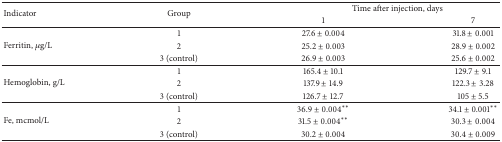
<table><thead><tr><td rowspan="2"><b>Indicator</b></td><td rowspan="2"><b>Group</b></td><td colspan="2"><b>Time after injection, days</b></td></tr><tr><td><b>1</b></td><td><b>7</b></td></tr></thead><tbody><tr><td rowspan="3">Ferritin, <i>μ</i>g/L</td><td>1</td><td>27.6 ± 0.004</td><td>31.8 ± 0.001</td></tr><tr><td>2</td><td>25.2 ± 0.003</td><td>28.9 ± 0.002</td></tr><tr><td>3 (control)</td><td>26.9 ± 0.003</td><td>25.6 ± 0.002</td></tr><tr><td rowspan="3">Hemoglobin, g/L</td><td>1</td><td>165.4 ± 10.1</td><td>129.7 ± 9.1</td></tr><tr><td>2</td><td>137.9 ± 14.9</td><td>122.3 ± 3.28</td></tr><tr><td>3 (control)</td><td>126.7 ± 12.7</td><td>105 ± 5.5</td></tr><tr><td rowspan="3">Fe, mcmol/L</td><td>1</td><td>36.9 ± 0.004<sup>**</sup></td><td>34.1 ± 0.001<sup>**</sup></td></tr><tr><td>2</td><td>31.5 ± 0.004<sup>**</sup></td><td>30.3 ± 0.004</td></tr><tr><td>3 (control)</td><td>30.2 ± 0.004</td><td>30.4 ± 0.009</td></tr></tbody></table>